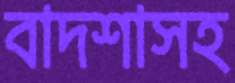
বাদশাসহ